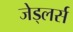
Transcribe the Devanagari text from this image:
जेड्लर्स